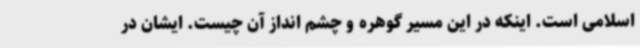
اسلامی است. اینکه در این مسیر گوهره و چشم انداز آن چیست. ایشان در